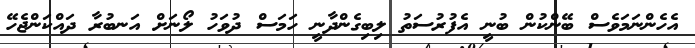
އެހެންނަމަވެސް ބޭންކުން ބުނީ އެފުރުސަތު ލިބިގެންދާނީ ހަމަސް ދުވަހު ލޯނަށް އަނބުރާ ދައްކަންޖެހޭ